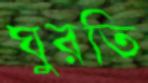
ঘুরতি